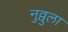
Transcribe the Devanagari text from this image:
नुव्वुला